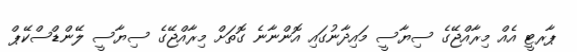
ޕާރޓީ އެއް މިރާއްޖޭގެ ސިޔާސީ މައިދާނުގައި އޮންނާނެ ގޮތަށް މިރާއްޖޭގެ ސިޔާސީ ލޭންޑްސްކޭޕް